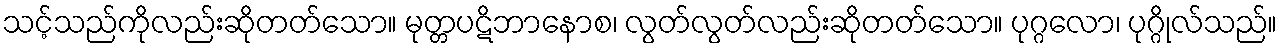
သင့်သည်ကိုလည်းဆိုတတ်သော။ မုတ္တပဋိဘာနောစ၊ လွတ်လွတ်လည်းဆိုတတ်သော။ ပုဂ္ဂလော၊ ပုဂ္ဂိုလ်သည်။